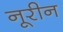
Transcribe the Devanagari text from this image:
नूरीन